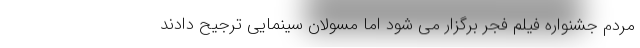
مردم جشنواره فیلم فجر برگزار می شود اما مسولان سینمایی ترجیح دادند